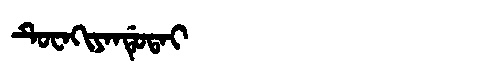
Manchu: ᡨᡠᠸᠠᡴᡳᠶᠠᠨᡩᡠᡨᠠᡳ
Romanization: TUWAKIYANDUTAI